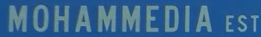
MOHAMMEDIA EST